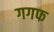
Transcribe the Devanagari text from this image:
गगफ